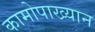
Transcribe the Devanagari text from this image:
कामोपाख्यान